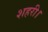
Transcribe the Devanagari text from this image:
शहरी।